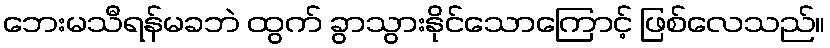
ဘေးမသီရန်မခဘဲ ထွက် ခွာသွားနိုင်သောကြောင့် ဖြစ်လေသည်။